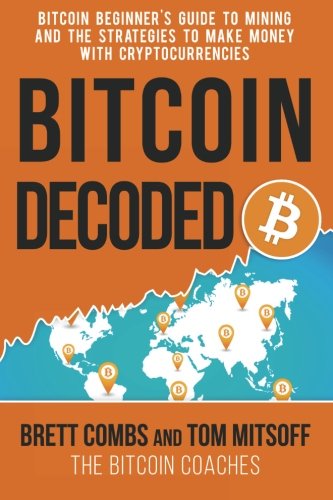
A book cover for Bitcoin Decoded: Bitcoin Beginner's Guide to Mining and the Strategies to Make Money with Cryptocurrencies; Brett Combs; Computers & Technology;